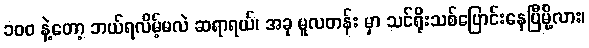
၁၀၀ နဲ့တော့ ဘယ်ရလိမ့်မလဲ ဆရာရယ်၊ အခု မူလတန်း မှာ သင်ရိုးသစ်ပြောင်းနေပြီမို့လား၊